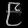
Digit: ၉